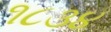
૧૮૩૪